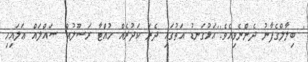
' ބިލާލްގެފާނު ދެންނެވިއެވެ:''އަޅުގަނޑު އަތުގައި ދެރަ ކަދުރެއް ހުއްޓާ ރަސޫލުއް ޞައްލައް ޢަލައިހި